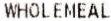
WHOLEMEAL